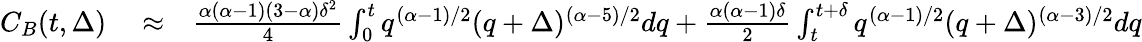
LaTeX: \begin{array}{rlr}{C_{B}(t,\Delta)}&{{}\approx}&{\frac{\alpha(\alpha-1)(3-\alpha)\delta^{2}}{4}\int_{0}^{t}q^{(\alpha-1)/2}(q+\Delta)^{(\alpha-5)/2}dq+\frac{\alpha(\alpha-1)\delta}{2}\int_{t}^{t+\delta}q^{(\alpha-1)/2}(q+\Delta)^{(\alpha-3)/2}dq}\end{array}